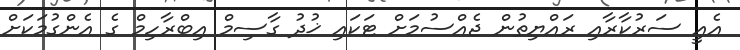
އެއީ ސަރުކާރާއި ރައްޔިތުން ޖެއްސުމަށް ޓަކައި ޚުދު ގާސިމް އިބްރާހިމް ގެ އެންގުމަކަށް